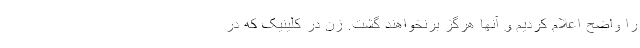
را واضح اعلام کردیم و آنها هرگز برنخواهند گشت. زن در کلینیک که در